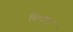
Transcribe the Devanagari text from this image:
चिचान्